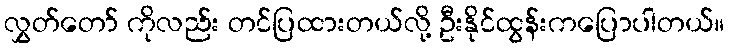
လွှတ်တော် ကိုလည်း တင်ပြထားတယ်လို့ ဦးနိုင်ထွန်းကပြောပါတယ်။